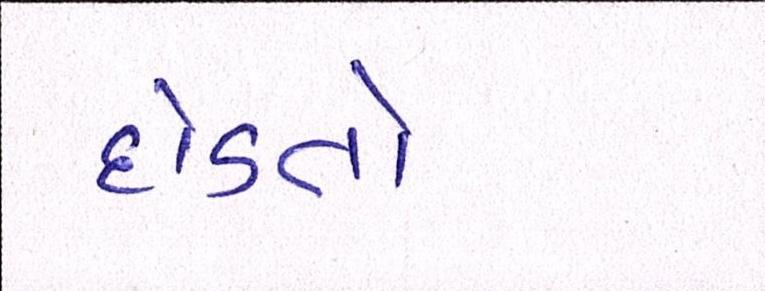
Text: દોડતો